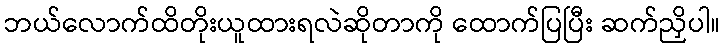
ဘယ်လောက်ထိတိုးယူထားရလဲဆိုတာကို ထောက်ပြပြီး ဆက်ညှိပါ။